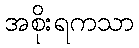
အစိုးရကသာ